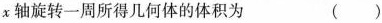
x轴旋转一周所得几何体的体积为 ()